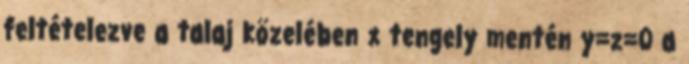
feltételezve a talaj közelében x tengely mentén y=z=0 a